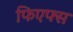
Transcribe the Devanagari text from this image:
फिएफ्स